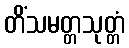
တိံသမတ္တသုတ္တံ